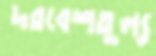
দরবেশতুল্য